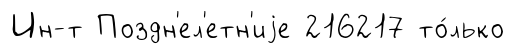
Ин-т Поздн'ел'етн'иjе 216217 то́лько